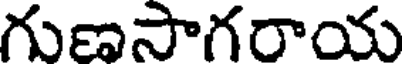
గుణసాగరాయ